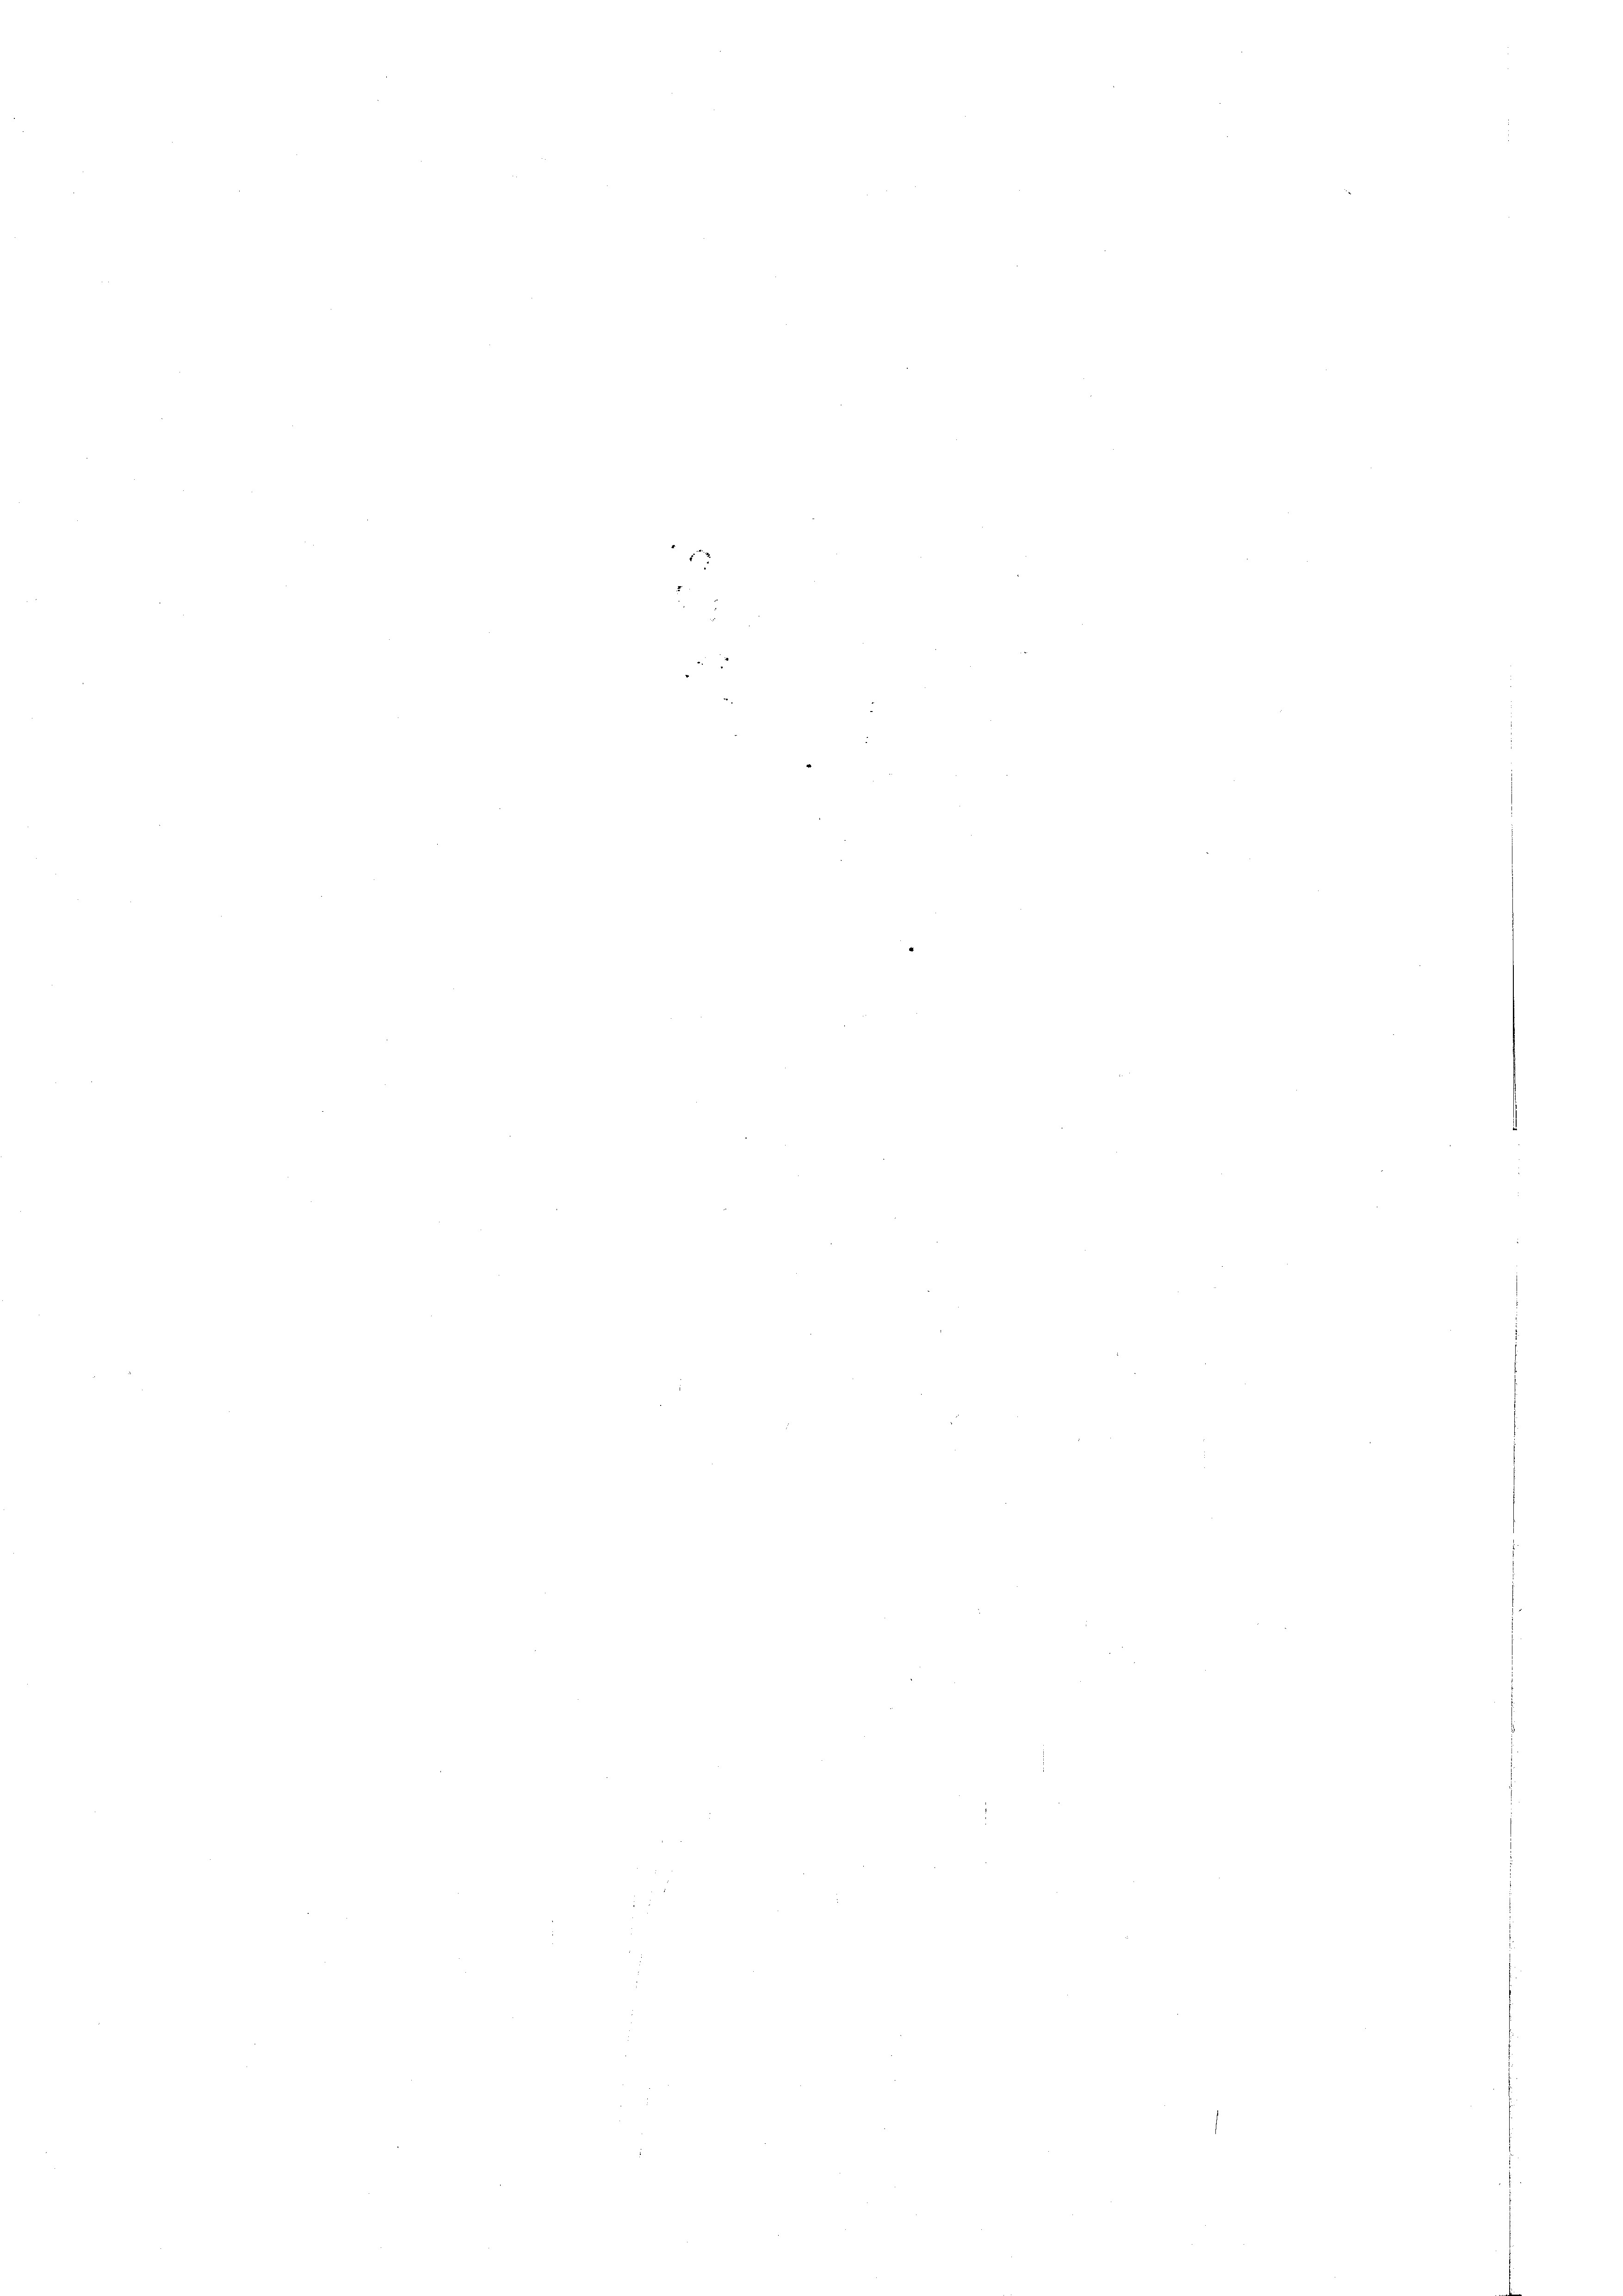
.
.